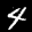
Label: 4